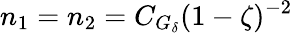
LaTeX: n_{1}=n_{2}=C_{G_{\delta}}(1-\zeta)^{-2}